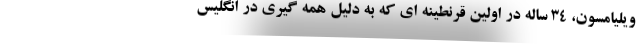
ویلیامسون، ۳۴ ساله در اولین قرنطینه ای که به دلیل همه گیری در انگلیس